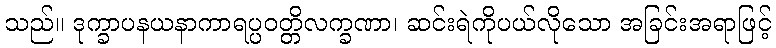
သည်။ ဒုက္ခာပနယနာကာရပ္ပဝတ္တိလက္ခဏာ၊ ဆင်းရဲကိုပယ်လိုသော အခြင်းအရာဖြင့်